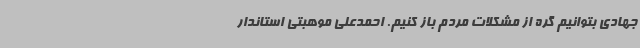
جهادی بتوانیم گره از مشکلات مردم باز کنیم. احمدعلی موهبتی استاندار